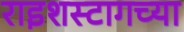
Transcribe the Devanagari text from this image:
राइशस्टागच्या